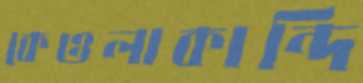
কেওলাকান্দি